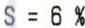
S = 6%